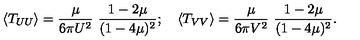
\left< T _ { U U } \right> = { \frac { \mu } { 6 \pi U ^ { 2 } } } \ { \frac { 1 - 2 \mu } { ( 1 - 4 \mu ) ^ { 2 } } } ; \quad \left< T _ { V V } \right> = { \frac { \mu } { 6 \pi V ^ { 2 } } } \ { \frac { 1 - 2 \mu } { ( 1 - 4 \mu ) ^ { 2 } } } .